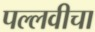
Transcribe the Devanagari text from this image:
पल्लवीचा